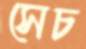
সেচ